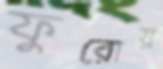
ফুরোয়